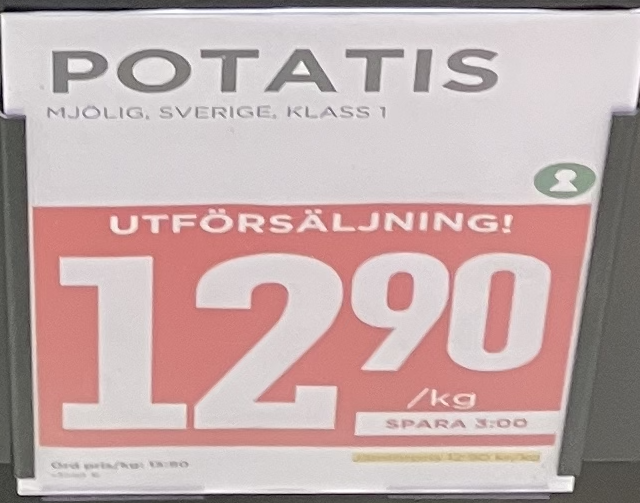
Vara: Potatis
Genomsnittspris: 12.9 per kg